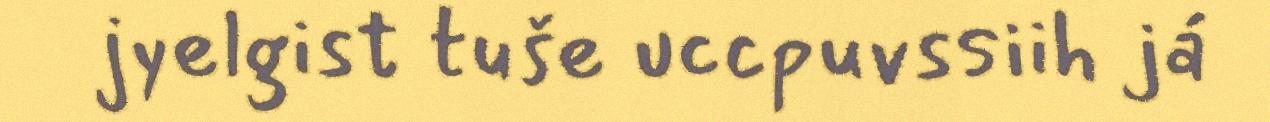
jyelgist tuše uccpuvssiih já